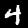
Label: 4